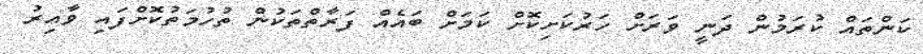
ކަންތައް ކުރަމުން ދަނީ ވަރަށް ހަރުކަށިކޮށް ކަމަށް ބައެއް ފަރާތްތަކުން ތުހުމަތުކޮށްފައި ވާއިރު